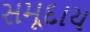
સમૂદાય